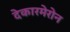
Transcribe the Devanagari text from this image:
देकारमेरोन